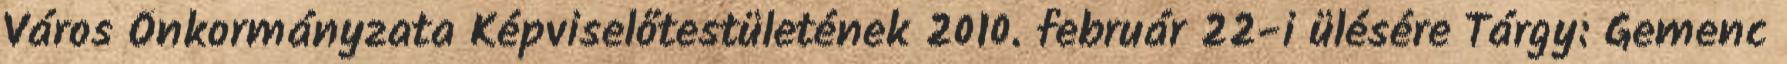
Város Önkormányzata Képviselőtestületének 2010. február 22-i ülésére Tárgy: Gemenc